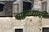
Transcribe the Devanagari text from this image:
पाटण्याची